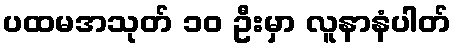
ပထမအသုတ် ၁၀ ဦးမှာ လူနာနံပါတ်